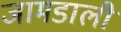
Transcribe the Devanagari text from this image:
जामडाली